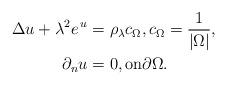
LaTeX: \begin{align*}\begin{aligned}\Delta u+\lambda^2 e^{\,u}&=\rho_\lambda c_\Omega, c_\Omega=\frac{1}{|\Omega|},\\\partial_n u&=0, \mbox{on} \partial \Omega.\end{aligned}\end{align*}